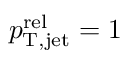
p _ { \mathrm { T , j e t } } ^ { \mathrm { r e l } } = 1